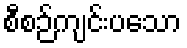
စီစဉ်ကျင်းပသော